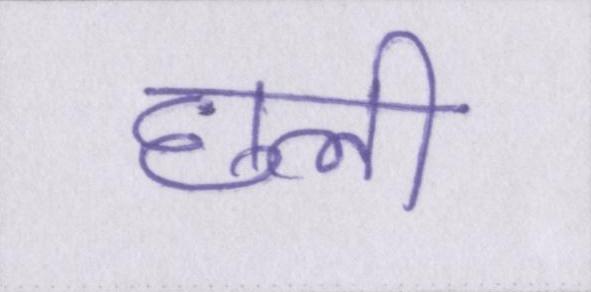
छली